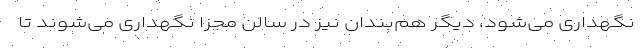
نگهداری می‌شود، دیگر هم‌بندان نیز در سالن مجزا نگهداری می‌شوند تا